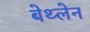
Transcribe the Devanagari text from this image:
बेथ्लेन